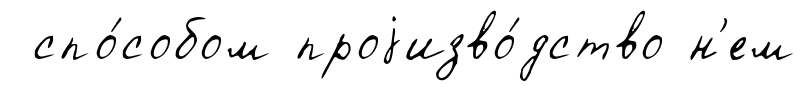
спо́собом проjизво́дство н'ем